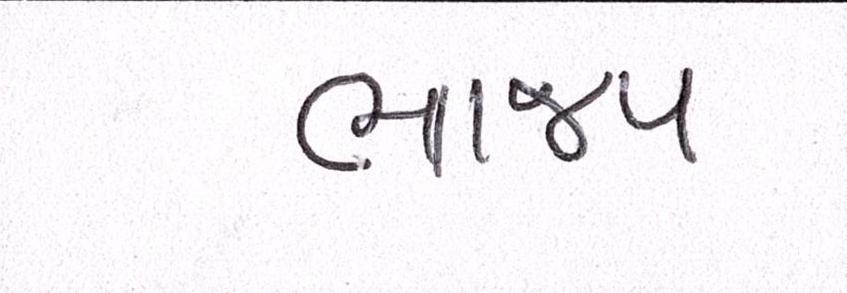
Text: ભાજપ